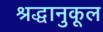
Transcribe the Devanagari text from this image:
श्रद्धानुकूल